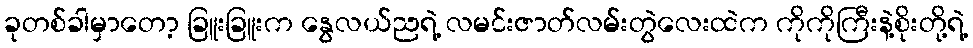
ခုတစ်ခါမှာတော့ ခြူးခြူးက နွေလယ်ညရဲ့ လမင်းဇာတ်လမ်းတွဲလေးထဲက ကိုကိုကြီးနဲ့စိုးတို့ရဲ့